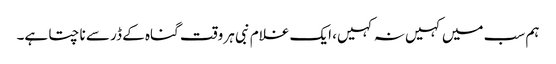
ہم سب میں کہیں نہ کہیں، ایک غلام نبی ہر وقت گناہ کے ڈر سے ناچتا ہے۔